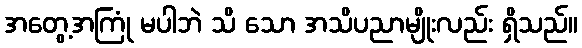
အတွေ့အကြုံ မပါဘဲ သိ သော အသိပညာမျိုးလည်း ရှိသည်။